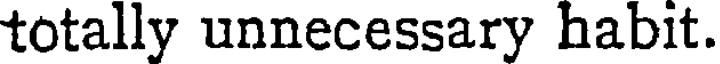
totally unnecessary habit.